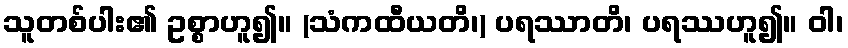
သူတစ်ပါး၏ ဥစ္စာဟူ၍။ (သံကထီယတိ၊) ပရဿာတိ၊ ပရဿဟူ၍။ ဝါ၊